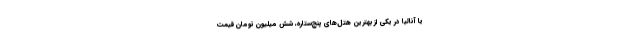
یا آنالیا در یکی از بهترین هتل‌های پنج‌ستاره، شش میلیون تومان قیمت